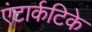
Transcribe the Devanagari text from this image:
एंटार्कटिके